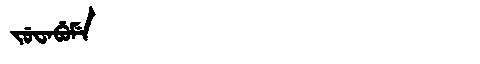
Manchu: ᠵᡠᠸᠠᠪᡠᠮᡝ
Romanization: JUWABUME